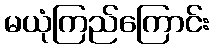
မယုံကြည်ကြောင်း